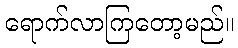
ရောက်လာကြတော့မည်။